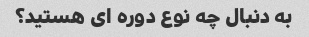
به دنبال چه نوع دوره ای هستید؟